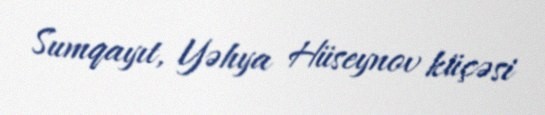
Sumqayıt, Yəhya Hüseynov küçəsi